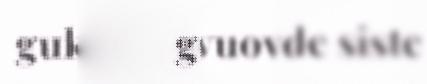
guk- ken vuovde siste